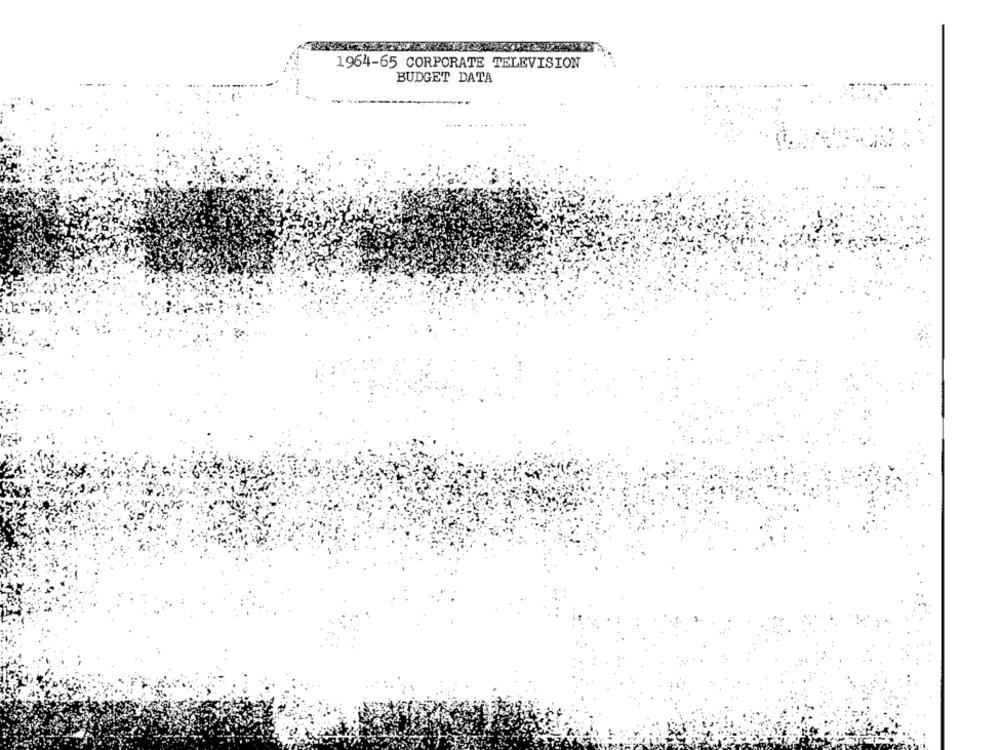
1964-65 CORPORATE TELEVISION
BUDGET DATA